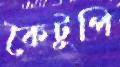
কৈটুপি